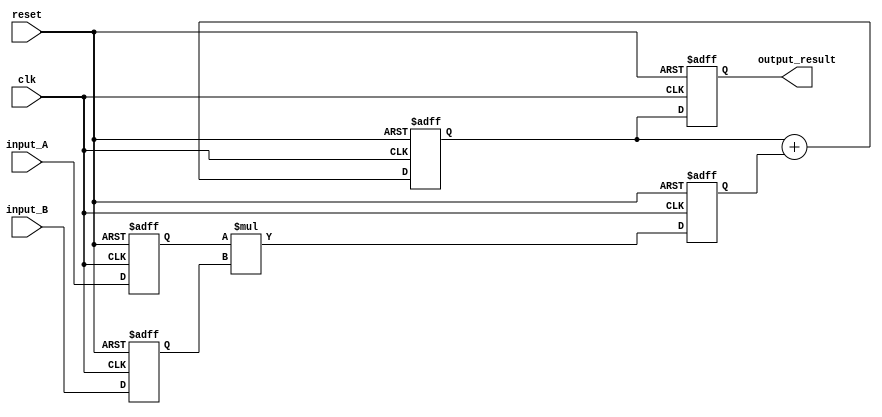
module multiplier(
    input clk,
    input reset,
    input [7:0] input_A,
    input [7:0] input_B,
    output reg [15:0] output_result
);

reg [7:0] register_A;
reg [7:0] register_B;
reg [15:0] multiplier_output;
reg [15:0] accumulator_output;

always @(posedge clk or posedge reset) begin
    if (reset) begin
        register_A <= 8'b0;
        register_B <= 8'b0;
        multiplier_output <= 16'b0;
        accumulator_output <= 16'b0;
        output_result <= 16'b0;
    end else begin
        register_A <= input_A;
        register_B <= input_B;
        
        multiplier_output <= register_A * register_B;
        
        accumulator_output <= accumulator_output + multiplier_output;
        
        output_result <= accumulator_output;
    end
end

endmodule